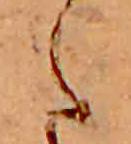
た